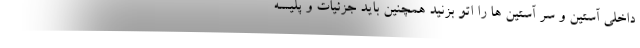
داخلی آستین و سر آستین ها را اتو بزنید همچنین باید جزئیات و پلیسه